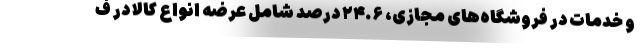
و خدمات در فروشگاه‌های مجازی، ۲۴.۶ درصد شامل عرضه انواع کالا در ف